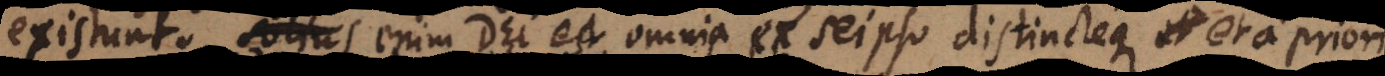
existunt. Unius enim Dei est, omnia ex seipso cognoscere, et a priori.